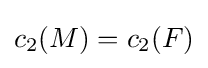
c_{2}(M)=c_{2}(F)